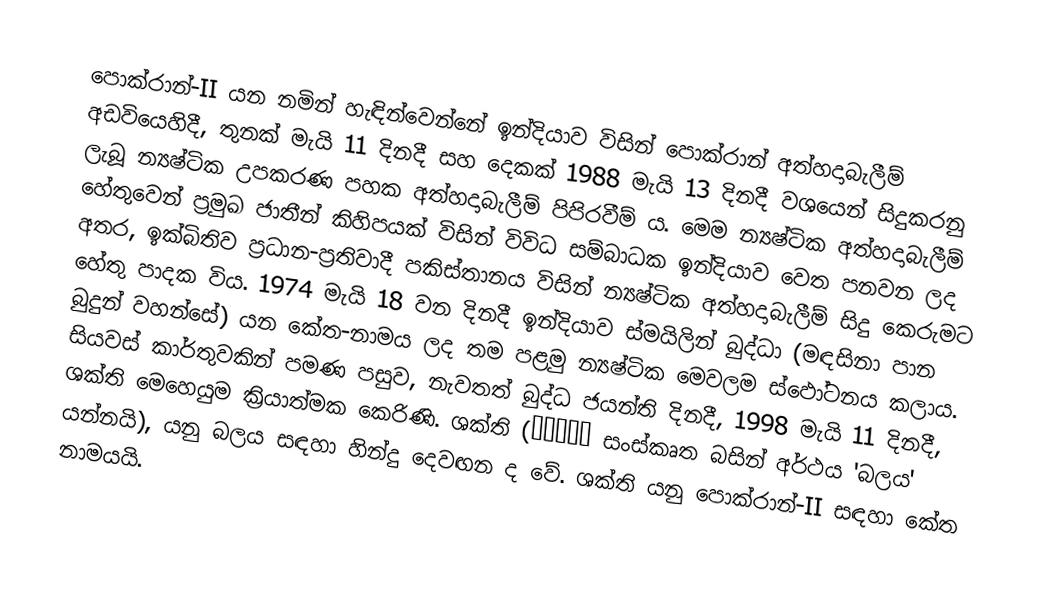
පොක්රාන්-II යන නමින් හැඳින්වෙන්නේ  ඉන්දියාව විසින් පොක්රාන් අත්හදාබැලීම් අඩවියෙහිදී, තුනක් මැයි 11  දිනදී සහ දෙකක් 1988 මැයි 13 දිනදී වශයෙන් සිදුකරනු ලැබූ  න්‍යෂ්ටික උපකරණ පහක අත්හදාබැලීම් පිපිරවීම් ය. මෙම න්‍යෂ්ටික අත්හදාබැලීම් හේතුවෙන් ප්‍රමුඛ ජාතීන් කිහිපයක් විසින් විවිධ සම්බාධක ඉන්දියාව වෙත පනවන ලද අතර, ඉක්බිතිව  ප්‍රධාන-ප්‍රතිවාදී පකිස්තානය විසින් න්‍යෂ්ටික අත්හදාබැලීම් සිදු කෙරුමට හේතු පාදක විය. 1974 මැයි 18 වන දිනදී ඉන්දියාව ස්මයිලින් බුද්ධා (මඳසිනා පාන බුදුන් වහන්සේ) යන කේත-නාමය ලද තම පළමු න්‍යෂ්ටික මෙවලම ස්ඵෝටනය කලාය. සියවස් කාර්තුවකින් පමණ පසුව, නැවතත්  බුද්ධ ජයන්ති දිනදී, 1998 මැයි 11 දිනදී, ශක්ති මෙහෙයුම ක්‍රියාත්මක කෙරිණි. ශක්ති (शक्ति සංස්කෘත බසින් අර්ථය 'බලය' යන්නයි), යනු බලය සඳහා  හින්දු දෙවඟන ද වේ. ශක්ති යනු  පොක්රාන්-II සඳහා කේත නාමයයි.